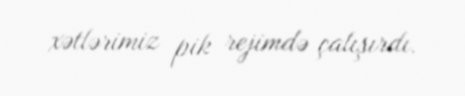
xətlərimiz pik rejimdə çalışırdı.